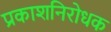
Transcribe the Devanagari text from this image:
प्रकाशनिरोधक